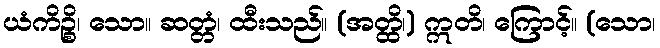
ယံကိဉ္စိ၊ သော။ ဆတ္တံ၊ ထီးသည်။ (အတ္ထိ၊) ဣတိ၊ ကြောင့်။ (သော၊